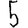
Digit: 5